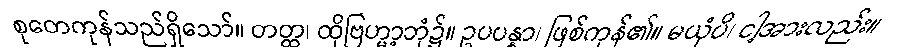
စုတေကုန်သည်ရှိသော်။ တတ္ထ၊ ထိုဗြဟ္မာ့ဘုံ၌။ ဥပပန္နာ၊ ဖြစ်ကုန်၏။ မယှံပိ၊ ငါ့အားလည်း။